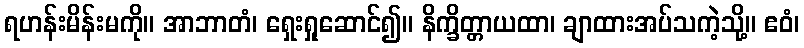
ရဟန်းမိန်းမကို။ အာဘာတံ၊ ရှေးရှုဆောင်၍။ နိက္ခိတ္တာယထာ၊ ချာထားအပ်သကဲ့သို့။ ဧဝံ၊